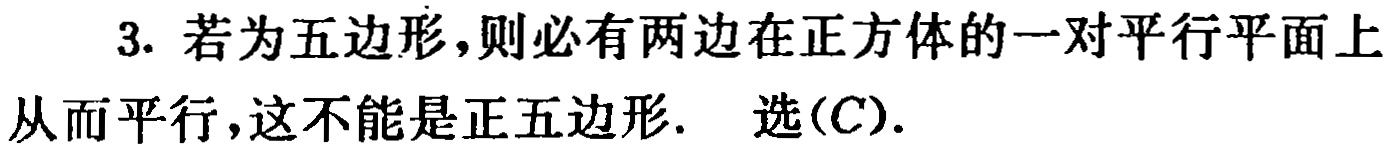
3. 若为五边形，则必有两边在正方体的一对平行平面上

从而平行，这不能是正五边形.  选(C).